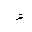
Letter: _hamza